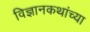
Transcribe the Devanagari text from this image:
विज्ञानकथांच्या